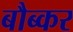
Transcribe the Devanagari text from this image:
बौब्कर